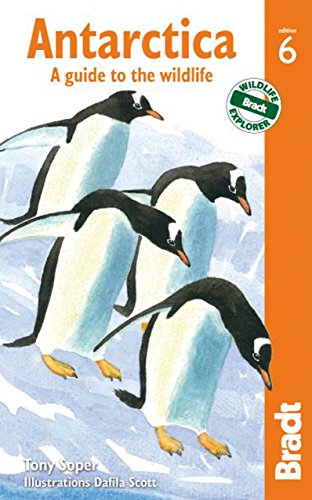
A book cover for Antarctica: A Guide To The Wildlife (Bradt Guides); Tony Soper; Sports & Outdoors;